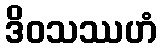
ဒိဝသဿဟံ